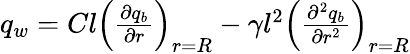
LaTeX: \begin{array}{r}{q_{w}=Cl\left(\frac{\partial q_{b}}{\partial r}\right)_{r=R}-\gamma l^{2}\left(\frac{\partial^{2}q_{b}}{\partial r^{2}}\right)_{r=R}}\end{array}